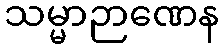
သမ္မာဉာဏေန